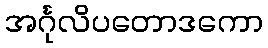
အင်္ဂုလိပတောဒကော